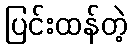
ပြင်းထန်တဲ့